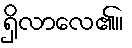
ရှိလာလေ၏။